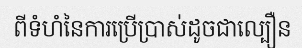
ពីទំហំនៃការប្រើប្រាស់ដូចជាល្បឿន